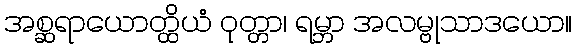
အစ္ဆရာယောတ္ထိယံ ဝုတ္တာ၊ ရမ္ဘာ အလမ္ဗုသာဒယော။